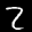
Label: 2